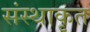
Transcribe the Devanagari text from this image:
संस्थाकृत